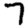
Digit: 7